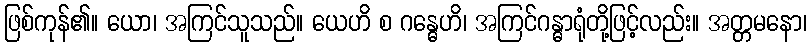
ဖြစ်ကုန်၏။ ယော၊ အကြင်သူသည်။ ယေဟိ စ ဂန္ဓေဟိ၊ အကြင်ဂန္ဓာရုံတို့ဖြင့်လည်း။ အတ္တမနော၊